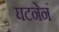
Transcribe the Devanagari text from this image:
घटनेनं